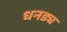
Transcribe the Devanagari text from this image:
धनड्य